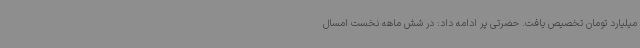
میلیارد تومان تخصیص یافت. حضرتی پر ادامه داد: در شش ماهه نخست امسال